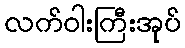
လက်ဝါးကြီးအုပ်